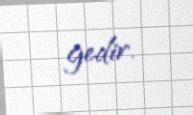
gedir.